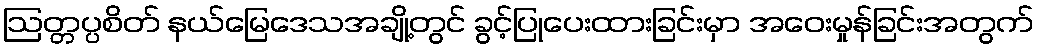
ဩတ္တပ္ပစိတ် နယ်မြေဒေသအချို့တွင် ခွင့်ပြုပေးထားခြင်းမှာ အဝေးမှုန်ခြင်းအတွက်